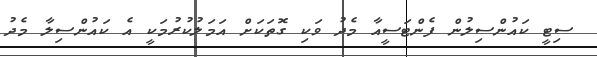
ސިޓީ ކައުންސިލުން ފެންޓަސީއާ މެދު ވަކި ގޮތަކަށް އަމަލުކުރުމަކީ އެ ކައުންސިލާ މެދު